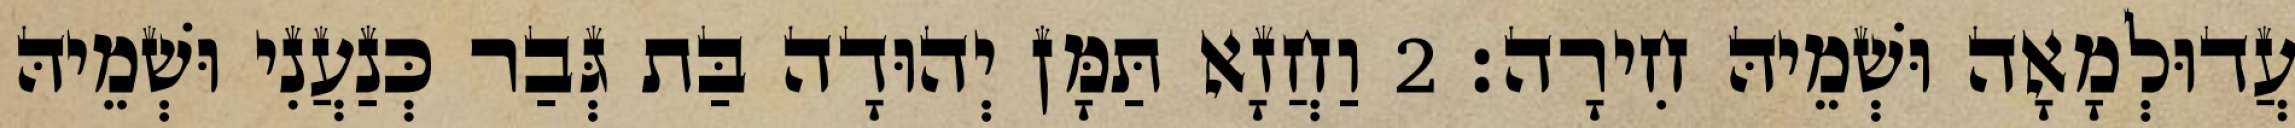
עֲדוּלְמָאָה וּשְׁמֵיהּ חִירָה׃ 2 וַחֲזָא תַּמָּן יְהוּדָה בַּת גְּבַר כְּנַעֲנִי וּשְׁמֵיהּ